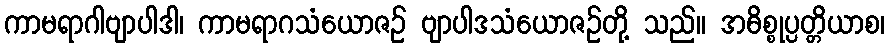
ကာမရာဂါဗျာပါဒါ၊ ကာမရာဂသံယောဇဉ် ဗျာပါဒသံယောဇဉ်တို့ သည်။ အဓိစ္စုပ္ပတ္တိယာစ၊